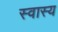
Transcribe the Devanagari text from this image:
स्वास्य